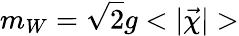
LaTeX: m_{W}=\sqrt{2}g<|\vec{\chi}|>